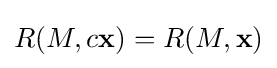
R(M,c\mathbf {x} )=R(M,\mathbf {x} )